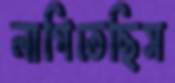
লাগিতেছিস